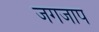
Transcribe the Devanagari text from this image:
जगजाप